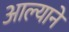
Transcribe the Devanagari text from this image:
आल्‍याने